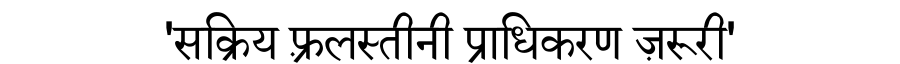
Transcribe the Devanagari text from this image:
'सक्रिय फ़्रलस्तीनी प्राधिकरण ज़रूरी'